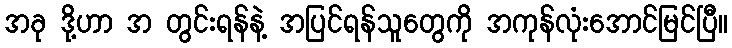
အခု ဒို့ဟာ အ တွင်းရန်နဲ့ အပြင်ရန်သူတွေကို အကုန်လုံးအောင်မြင်ပြီ။